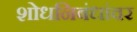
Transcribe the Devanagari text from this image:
शोधनिबंधांवर